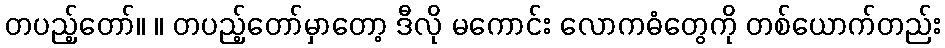
တပည့်တော်။ ။ တပည့်တော်မှာတော့ ဒီလို မကောင်း လောကဓံတွေကို တစ်ယောက်တည်း